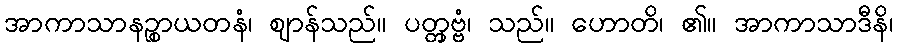
အာကာသာနဉ္စာယတနံ၊ ဈာန်သည်။ ပတ္တှဗ္ဗံ၊ သည်။ ဟောတိ၊ ၏။ အာကာသာဒီနိ၊